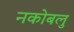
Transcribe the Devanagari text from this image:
नकोबलु